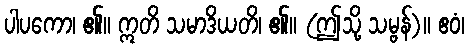
ပါပကော၊ ၏။ ဣတိ သမာဒိယတိ၊ ၏။ (ဤသို့ သမ္ဗန်)။ ဧဝံ၊